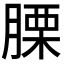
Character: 𦞰